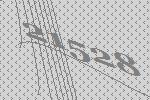
21528